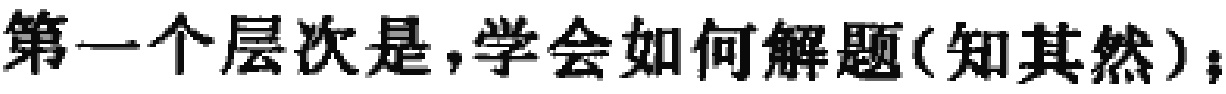
第一个层次是，学会如何解题(知其然)；